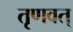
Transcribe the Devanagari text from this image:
तृणवत्